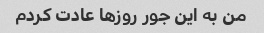
من به این جور روزها عادت کردم